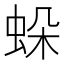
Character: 𧊶